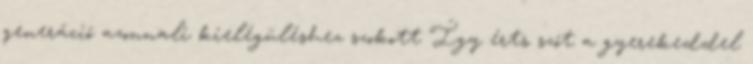
generáció azonnali kielégüléshez szokott Így érts szót a gyerekeddel